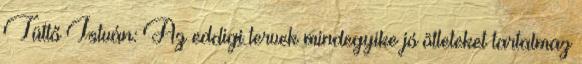
Tüttő István: Az eddigi tervek mindegyike jó ötleteket tartalmaz